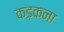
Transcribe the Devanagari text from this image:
कड़कना